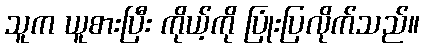
သူက ယူစားပြီး ကိုယ့်ကို ပြုံးပြလိုက်သည်။